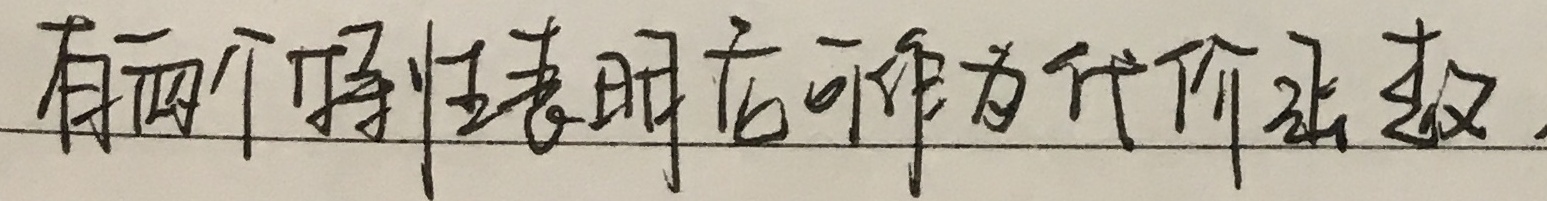
有两个特性表明它可作为代价函数。